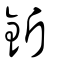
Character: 釿